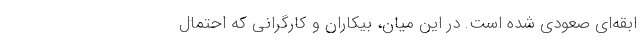
ابقه‌ای صعودی شده است. در این میان، بیکاران و کارگرانی که احتمال